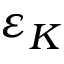
\varepsilon _ { K }